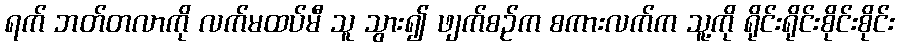
ရက် ဘတ်တလာကို လက်မထပ်မီ သူ သွား၍ ဖျက်စဉ်က စကားလက်က သူ့ကို ရိုင်းရိုင်းစိုင်းစိုင်း